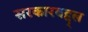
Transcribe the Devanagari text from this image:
सरकारबद्द्ल